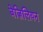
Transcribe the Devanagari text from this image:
बेज़िलियन